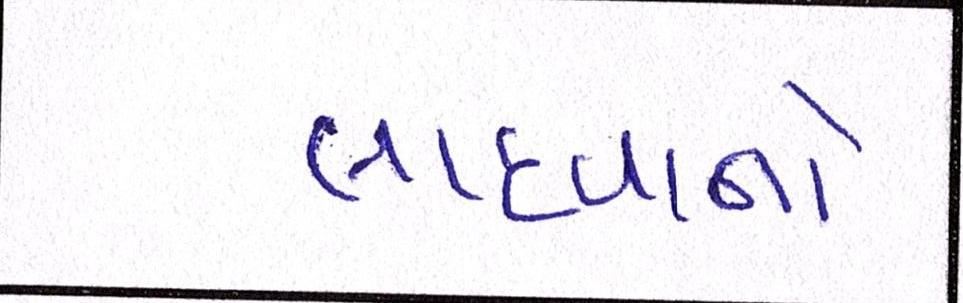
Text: લાદવાનો